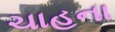
ચાહના